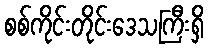
စစ်ကိုင်းတိုင်းဒေသကြီးရှိ